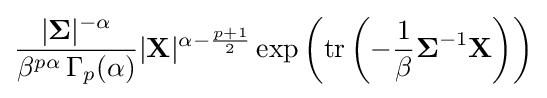
{\frac {|{\boldsymbol {\Sigma }}|^{-\alpha }}{\beta ^{p\alpha }\,\Gamma _{p}(\alpha )}}|\mathbf {X} |^{\alpha -{\frac {p+1}{2}}}\exp \left({\rm {tr}}\left(-{\frac {1}{\beta }}{\boldsymbol {\Sigma }}^{-1}\mathbf {X} \right)\right)